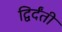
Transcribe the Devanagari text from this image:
द्विर्दंती